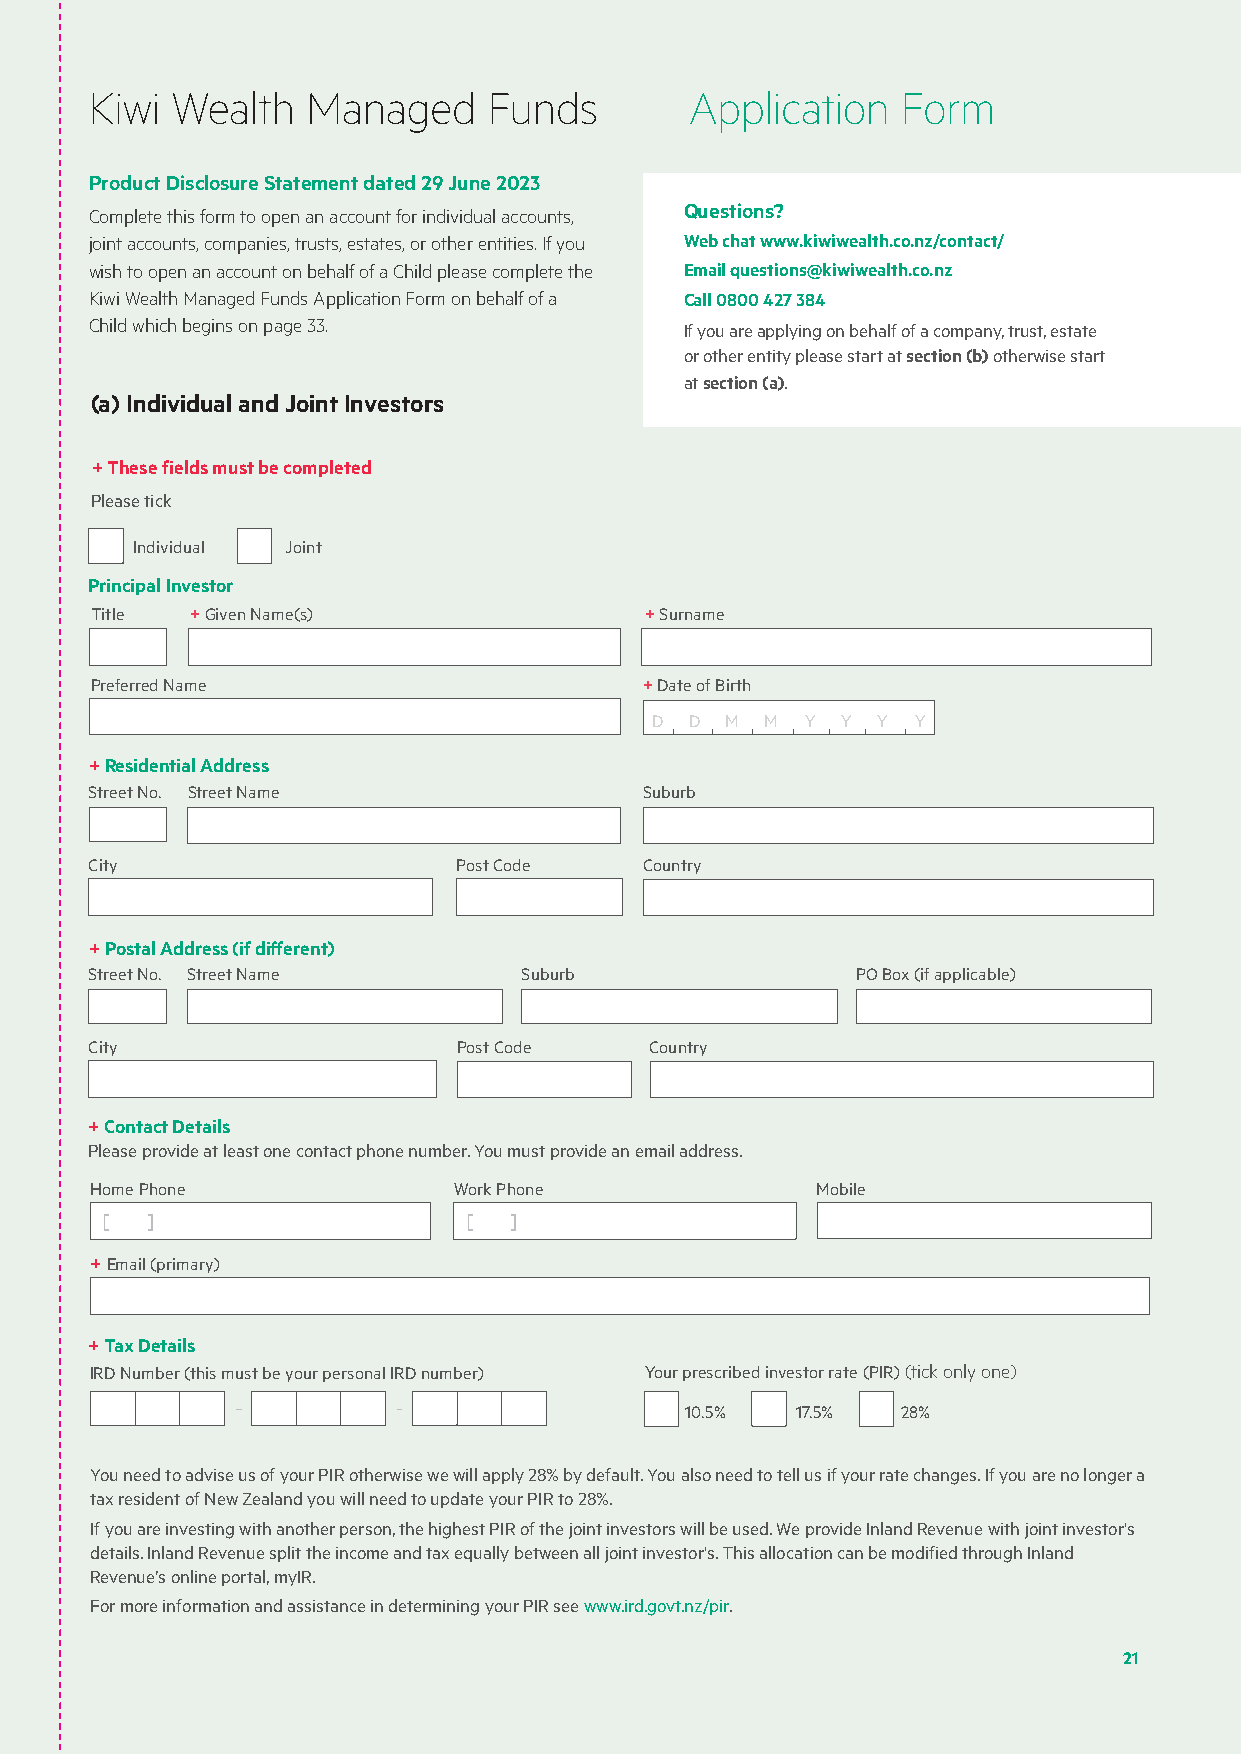
Kiwi Wealth   Managed     Funds         Application   Form
 Product Disclosure Statement dated 29 June 2023
 Complete this form to open an account for individual accounts, Questions?
 joint accounts, companies, trusts, estates, or other entities. If you Web chat www.kiwiwealth.co.nz/contact/
 wish to open an account on behalf of a Child please complete the Email questions@kiwiwealth.co.nz
 Kiwi Wealth Managed Funds Application Form on behalf of a Call 0800 427 384
 Child which begins on page 33.         If you are applying on behalf of a company, trust, estate
 or other entity please start at section (b) otherwise start
 at section (a).
 (a) Individual and Joint Investors
 + These fields must be completed
 Please tick
 Individual Joint
 Principal Investor
 Title  + Given Name(s)               + Surname
 Preferred Name                       + Date of Birth
 D  D M  M Y  Y Y  Y
 + Residential Address
 Street No. Street Name               Suburb
 City                    Post Code    Country
 + Postal Address (if different)
 Street No. Street Name      Suburb                 PO Box (if applicable)
 City                    Post Code    Country
 + Contact Details
 Please provide at least one contact phone number. You must provide an email address.
 Home Phone              Work Phone              Mobile
 [  ]                    [  ]
 + Email (primary)
 + Tax Details
 IRD Number (this must be your personal IRD number) Your prescribed investor rate (PIR) (tick only one)
 10.5%   17.5%  28%
 You need to advise us of your PIR otherwise we will apply 28% by default. You also need to tell us if your rate changes. If you are no longer a
 tax resident of New Zealand you will need to update your PIR to 28%.
 If you are investing with another person, the highest PIR of the joint investors will be used. We provide Inland Revenue with joint investor's
 details. Inland Revenue split the income and tax equally between all joint investor's. This allocation can be modified through Inland
 Revenue’s online portal, myIR.
 For more information and assistance in determining your PIR see www.ird.govt.nz/pir.
 21
 Kiwi Wealth Managed Funds Product Disclosure Statement       21